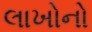
લાખોનો